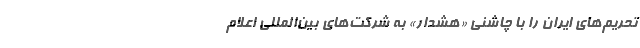
تحریم‌های ایران را با چاشنی «هشدار» به شرکت‌های بین‌المللی اعلام